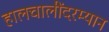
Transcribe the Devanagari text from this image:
हालचालींदरम्यान